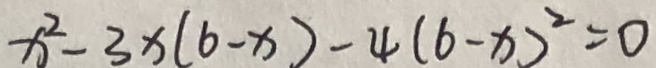
x ^ { 2 } - 3 x ( 6 - x ) - 4 ( 6 - x ) ^ { 2 } = 0